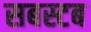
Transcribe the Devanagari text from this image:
सबस्टब